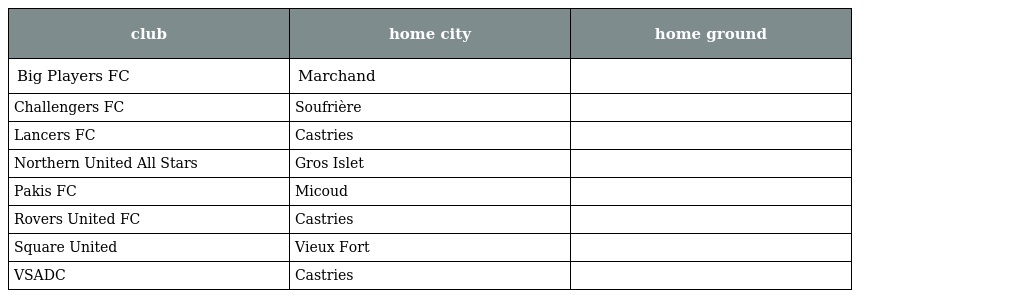
| club | home city | home ground |
 | --- | --- | --- |
 | Big Players FC | Marchand |  |
 | Challengers FC | Soufrière |  |
 | Lancers FC | Castries |  |
 | Northern United All Stars | Gros Islet |  |
 | Pakis FC | Micoud |  |
 | Rovers United FC | Castries |  |
 | Square United | Vieux Fort |  |
 | VSADC | Castries |  |